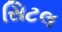
સિટલ